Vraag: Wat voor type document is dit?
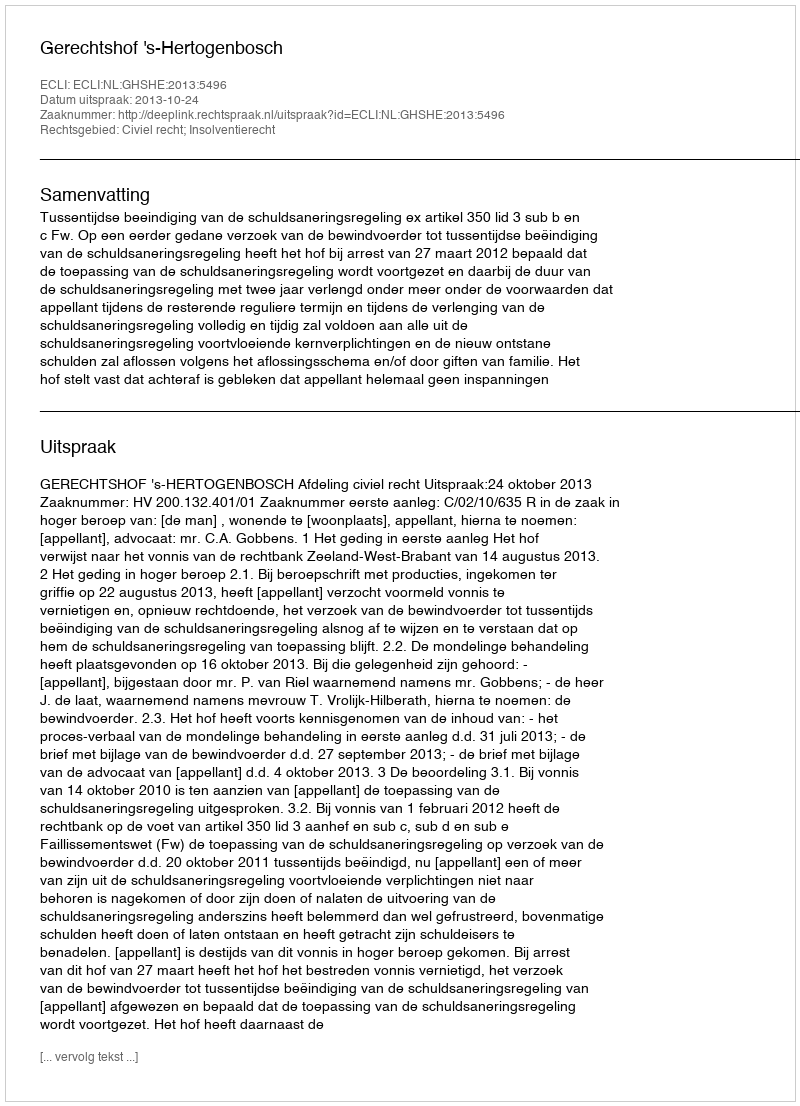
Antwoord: Uitspraak